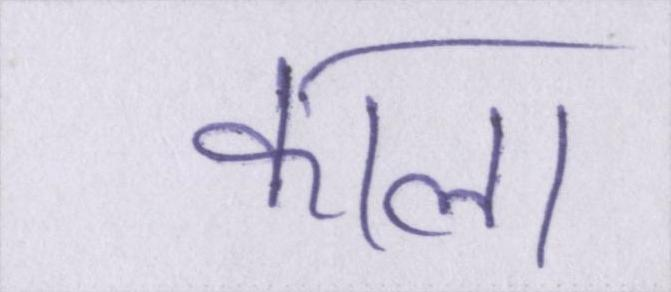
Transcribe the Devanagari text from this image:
काला